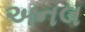
અનલ